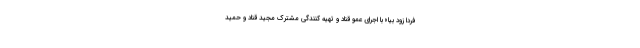
فردا زود بیا» با اجرای عمو قناد و تهیه کنندگی مشترک مجید قناد و حمید